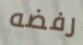
رفضه